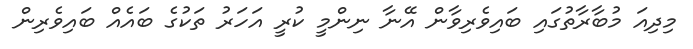
މިދިއަ މުބާރާތުގައި ބައިވެރިވާން އޭނާ ނިންމީ ކުރީ އަހަރު ތަކުގެ ބައެއް ބައިވެރިން